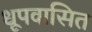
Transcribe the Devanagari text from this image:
धूपवासित